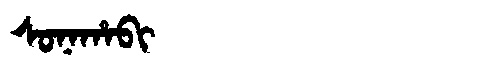
Manchu: ᠰᠣᠨᠠᡥᠠᠪᡳ
Romanization: SONAHABI